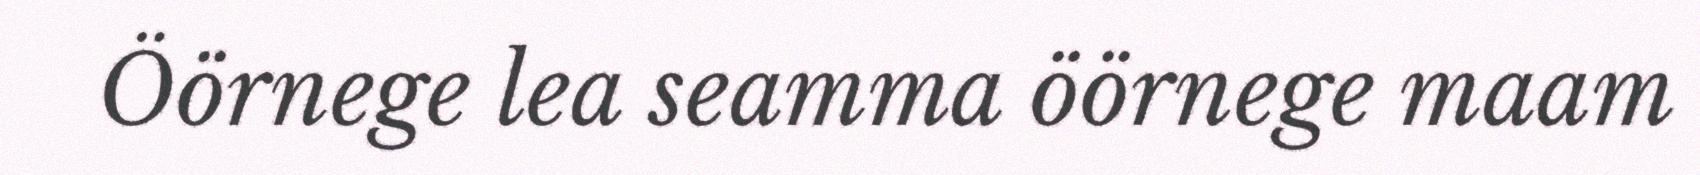
Öörnege lea seamma öörnege maam